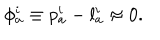
\phi _ { a } ^ { i } \equiv p _ { a } ^ { i } - l _ { a } ^ { i } \approx 0 .